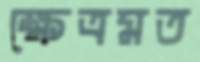
ক্ষেত্রমত